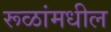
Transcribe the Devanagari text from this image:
रूळांमधील